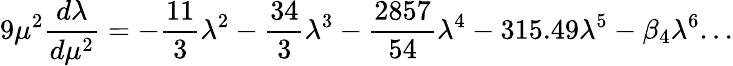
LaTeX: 9\mu^{2}\frac{d\lambda}{d\mu^{2}}=-\frac{11}{3}\lambda^{2}-\frac{34}{3}\lambda^{3}-\frac{2857}{54}\lambda^{4}-315.49\lambda^{5}-\beta_{4}\lambda^{6}...